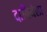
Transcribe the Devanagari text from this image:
दावियेला